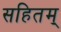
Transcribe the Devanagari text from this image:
सहितम्